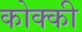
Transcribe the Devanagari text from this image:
कोक्की